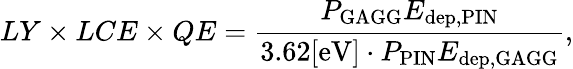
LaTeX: LY\times LCE\times QE=\frac{P_{\mathrm{GAGG}}E_{\mathrm{dep,PIN}}}{3.62[\mathrm{eV}]\cdot P_{\mathrm{PIN}}E_{\mathrm{dep,GAGG}}},